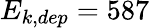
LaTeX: E_{k,dep}=587